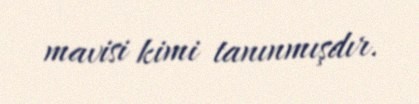
mavisi kimi tanınmışdır.